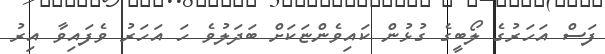
ފަސް އަހަރުގެ ލޯބީގެ ގުޅުން ކައިވެންޏަކަށް ބަދަލުވެ ހަ އަހަރު ވެފައިވާ އިރު